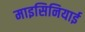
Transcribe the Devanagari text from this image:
माइसिनियाई